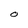
Character: O